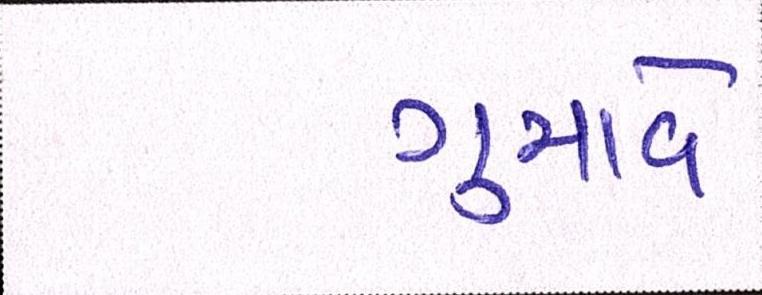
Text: ગુમાવે